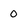
Character: 0